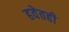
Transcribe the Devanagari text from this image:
हवेतही